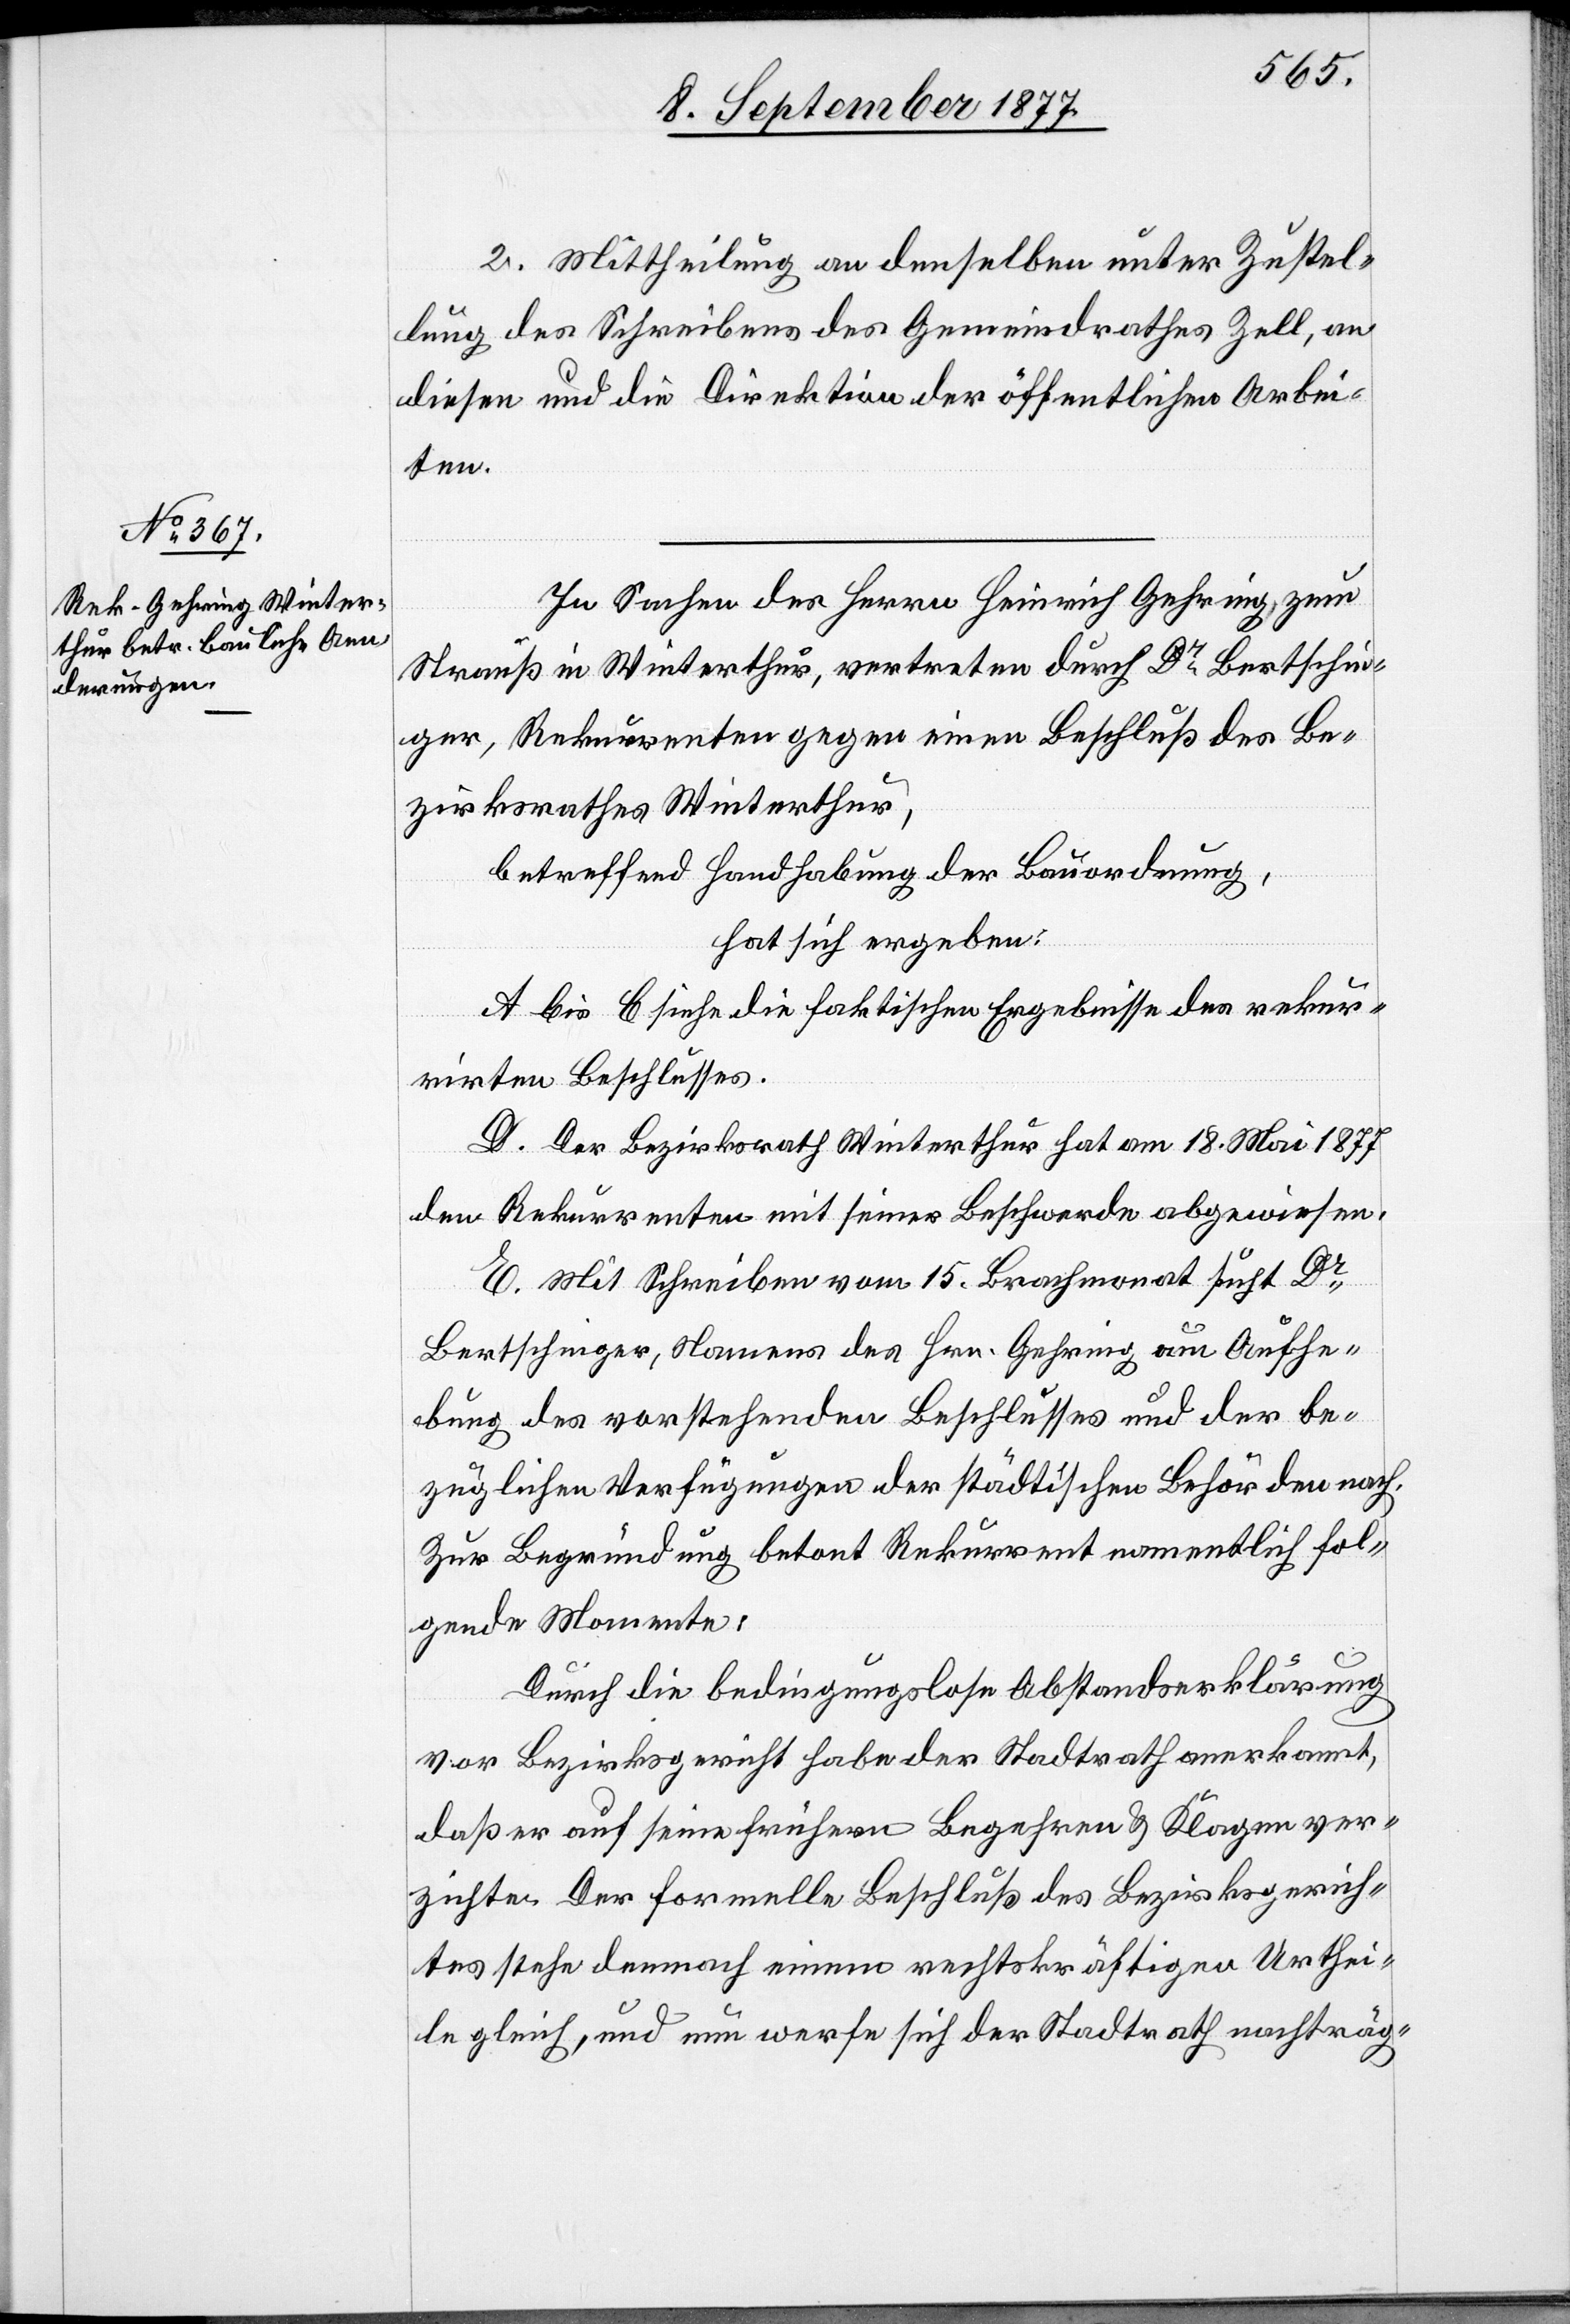
2. Mittheilung an denselben unter Zustel¬
lung des Schreibens des Gemeindrathes Zell, an
diesen und die Direktion der öffentlichen Arbei¬
ten.
In Sachen des Herrn Heinrich Gehring, zum
Strauß in Winterthur, vertreten durch Dr Bertschin¬
ger, Rekurrenten gegen einen Beschluß des Be¬
zirksrathes Winterthur,
betreffend Handhabung der Bauordnung,
hat sich ergeben:
A bis C siehe die faktischen Ergebnisse des rekur¬
rirten Beschlusses.
D. Der Bezirksrath Winterthur hat am 18. Mai 1877
den Rekurrenten mit seiner Beschwerde abgewiesen.
E. Mit Schreiben vom 15. Brachmonat sucht Dr
Bertschinger, Namens des Hrn. Gehring um Aufhe¬
bung des vorstehenden Beschlusses und der be¬
züglichen Verfügungen der städtischen Behörden nach.
Zur Begründung betont Rekurrent namentlich fol¬
gende Momente:
Durch die bedingungslose Abstandserklärung
vor Bezirksgericht habe der Stadtrath anerkannt,
daß er auf seine frühern Begehren & Klagen ver¬
zichte. Der formelle Beschluß des Bezirksgerich¬
tes stehe demnach einem rechtskräftigen Urthei¬
le gleich, und nun werfe sich der Stadtrath nachträg-